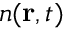
n ( { \bf r } , t )